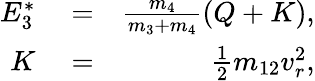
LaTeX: \begin{array}{rlr}{E_{3}^{*}}&{{}=}&{\frac{m_{4}}{m_{3}+m_{4}}\left(Q+K\right),}\\ {K}&{{}=}&{\frac{1}{2}m_{12}v_{r}^{2},}\end{array}